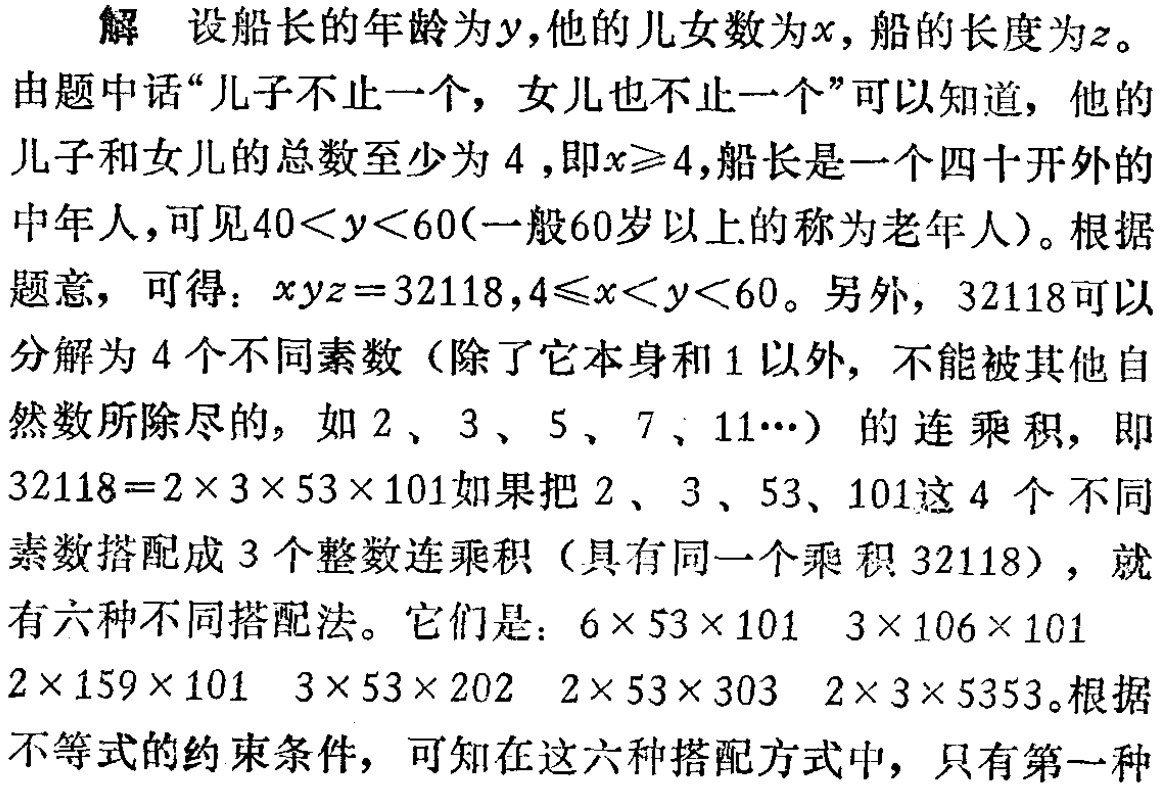
解 设船长的年龄为\(y\),他的儿女数为\(x\), 船的长度为\(z\)。

由题中话“儿子不止一个，女儿也不止一个”可以知道，他的

儿子和女儿的总数至少为 \(4\) ,即\(x\geqslant4\),船长是一个四十开外的

中年人,可见\(40<y<60\)(一般60岁以上的称为老年人)。根据

题意，可得：\(xyz = 32118\),\(4\leqslant x<y<60\)。另外，\(32118\)可以

分解为 \(4\) 个不同素数（除了它本身和 \(1\) 以外，不能被其他自

然数所除尽的，如 \(2\) 、 \(3\) 、 \(5\) 、 \(7\) 、 \(11\cdots\)）的连乘积，即

\(32118 = 2\times3\times53\times101\)如果把 \(2\) 、 \(3\) 、 \(53\)、\(101\)这 \(4\) 个不同

素数搭配成 \(3\) 个整数连乘积（具有同一个乘积 \(32118\)），就

有六种不同搭配法。它们是：\(6\times53\times101\)  \(3\times106\times101\)

\(2\times159\times101\)  \(3\times53\times202\)  \(2\times53\times303\)  \(2\times3\times5353\)。根据

不等式的约束条件，可知在这六种搭配方式中，只有第一种